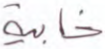
خابية